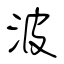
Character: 波